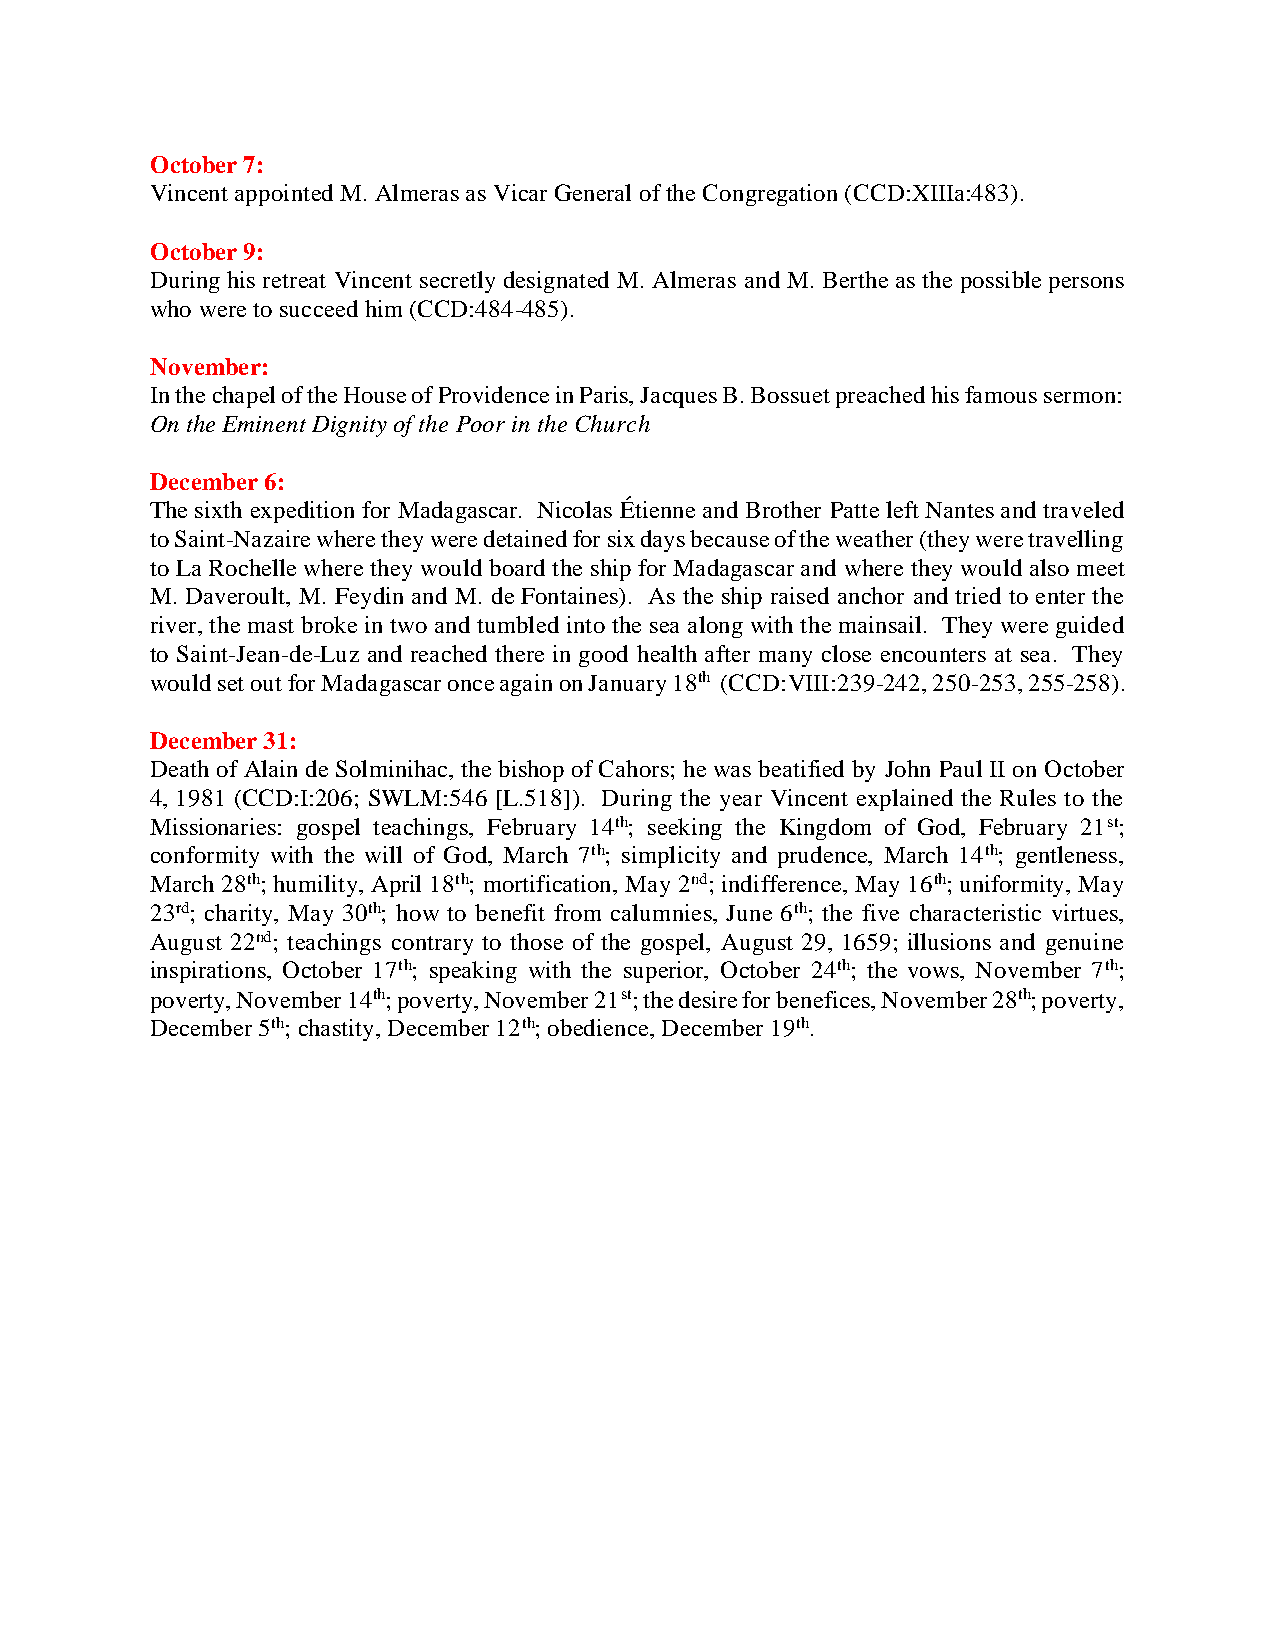
October 7:
 Vincent appointed M. Almeras as Vicar General of the Congregation (CCD:XIIIa:483).
 October 9:
 During his retreat Vincent secretly designated M. Almeras and M. Berthe as the possible persons
 who were to succeed him (CCD:484-485).
 November:
 In the chapel of the House of Providence in Paris, Jacques B. Bossuet preached his famous sermon:
 On the Eminent Dignity of the Poor in the Church
 December 6:
 The sixth expedition for Madagascar. Nicolas Étienne and Brother Patte left Nantes and traveled
 to Saint-Nazaire where they were detained for six days because of the weather (they were travelling
 to La Rochelle where they would board the ship for Madagascar and where they would also meet
 M. Daveroult, M. Feydin and M. de Fontaines). As the ship raised anchor and tried to enter the
 river, the mast broke in two and tumbled into the sea along with the mainsail. They were guided
 to Saint-Jean-de-Luz and reached there in good health after many close encounters at sea. They
 would set out for Madagascar once again on January 18th (CCD:VIII:239-242, 250-253, 255-258).
 December 31:
 Death of Alain de Solminihac, the bishop of Cahors; he was beatified by John Paul II on October
 4, 1981 (CCD:I:206; SWLM:546 [L.518]). During the year Vincent explained the Rules to the
 Missionaries: gospel teachings, February 14th; seeking the Kingdom of God, February 21st;
 conformity with the will of God, March 7th; simplicity and prudence, March 14th; gentleness,
 March 28th; humility, April 18th; mortification, May 2nd; indifference, May 16th; uniformity, May
 23rd; charity, May 30th; how to benefit from calumnies, June 6th; the five characteristic virtues,
 August 22nd; teachings contrary to those of the gospel, August 29, 1659; illusions and genuine
 inspirations, October 17th; speaking with the superior, October 24th; the vows, November 7th;
 poverty, November 14th; poverty, November 21st; the desire for benefices, November 28th; poverty,
 December 5th; chastity, December 12th; obedience, December 19th.